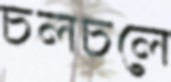
চলচলে